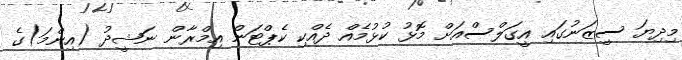
މިދިޔަ ސީޒަނުގައި އީގަލްސްއަށް މޮޅު ކުޅުމެއް ދެއްކި ކެޕްޓަން އިމްރާން ނަޝީދު (އިންމަ)ގެ